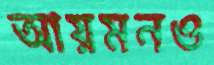
আয়মনও